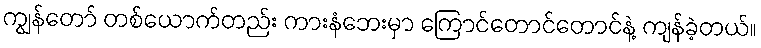
ကျွန်တော် တစ်ယောက်တည်း ကားနံဘေးမှာ ကြောင်တောင်တောင်နဲ့ ကျန်ခဲ့တယ်။